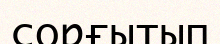
сорғытып